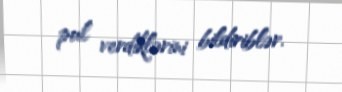
pul verdiklərini bildiriblər.